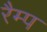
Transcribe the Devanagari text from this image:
रैम्‍प